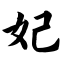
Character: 妃